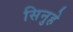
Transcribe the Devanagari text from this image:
सिनुहे